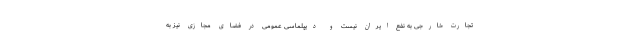
تجارت خارجی به نفع ایران نیست و دیپلماسی عمومی در فضای مجازی نیز به